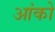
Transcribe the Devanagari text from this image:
आंको